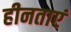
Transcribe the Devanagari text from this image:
हीनताएं